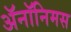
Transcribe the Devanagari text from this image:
ॲनॉनिमस